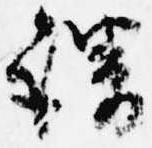
謂